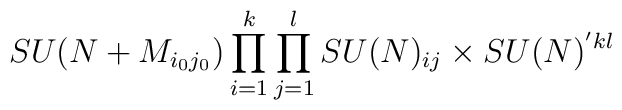
SU(N + M_{i_{0}j_{0}}) \prod_{i=1}^{k}\prod_{j=1}^{l}  SU(N)_{ij} \times SU(N)^{'kl}